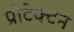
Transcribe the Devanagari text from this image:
प्रोटेक्टन